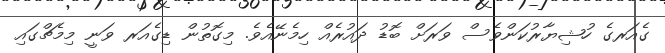
ގެއަރގެ ހުޝިޔާރުކަންވެސް ވަރަށް ބޮޑު ދައުރެއް ހިމެނޭއެވެ. މިގޮތުން ޑިގެއަރ ވަނީ މިމެޗްގައި